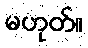
မဟုတ်။